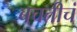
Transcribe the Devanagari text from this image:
बचतीचं